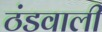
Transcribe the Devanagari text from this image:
ठंडवाली